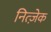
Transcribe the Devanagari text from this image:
नित्ज़ेक